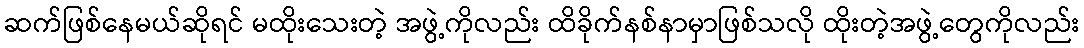
ဆက်ဖြစ်နေမယ်ဆိုရင် မထိုးသေးတဲ့ အဖွဲ့ကိုလည်း ထိခိုက်နစ်နာမှာဖြစ်သလို ထိုးတဲ့အဖွဲ့တွေကိုလည်း